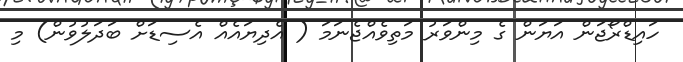
ހައިޑްރޯޖަން އަޔަން ގެ މިންވަރު މަތިވެއްޖެނަމަ ( އެދިޔައެއް އެސިޑަށް ބަދަލުވުން) މި